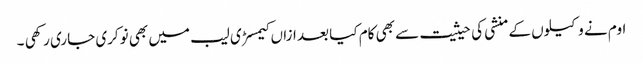
اوم نے وکیلوں کے منشی کی حیثیت سے بھی کام کیا بعد ازاں کیمسڑی لیب میں بھی نوکری جاری رکھی ۔